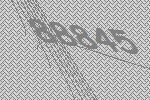
88845